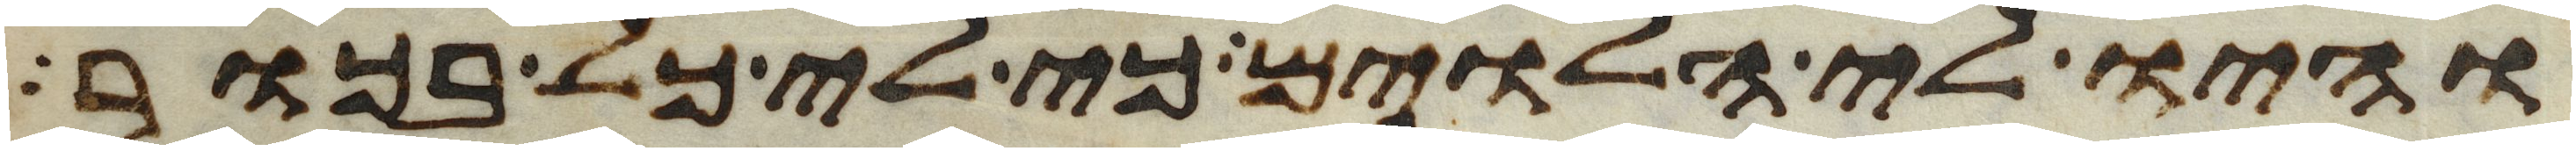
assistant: והיו לי הלוים כי לי כל בכור